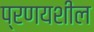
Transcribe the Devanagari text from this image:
प्रणयशील